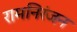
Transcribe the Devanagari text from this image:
रामनिरंजन